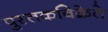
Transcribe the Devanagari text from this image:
पुस्तकविक्रेते